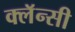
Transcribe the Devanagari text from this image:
क्लॅन्सी